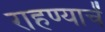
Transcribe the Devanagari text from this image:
राहण्याचें